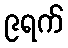
၉ရက်